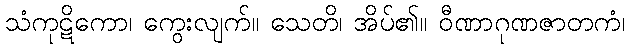
သံကုဋိကော၊ ကွေးလျက်။ သေတိ၊ အိပ်၏။ ဝီဏာဂုဏဇာတကံ၊